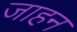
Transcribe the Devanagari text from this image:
जाहन